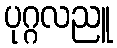
ပုဂ္ဂလညူ